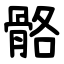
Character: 骼